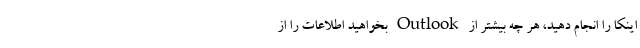
اینکا را انجام دهید، هر چه بیشتر از Outlook بخواهید اطلاعات را از